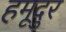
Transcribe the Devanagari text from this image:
हमूदुर